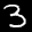
Label: 3